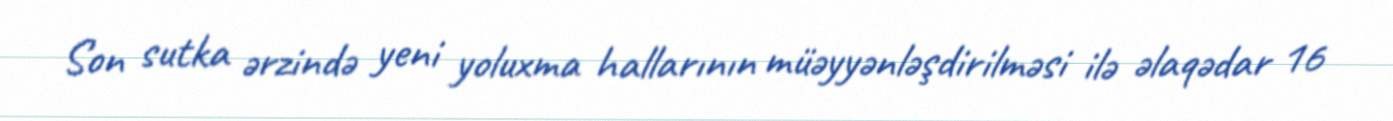
Son sutka ərzində yeni yoluxma hallarının müəyyənləşdirilməsi ilə əlaqədar 16